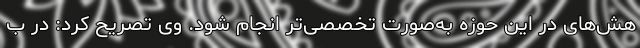
هش‌های در این حوزه به‌صورت تخصصی‌تر انجام شود. وی تصریح کرد: در ب